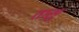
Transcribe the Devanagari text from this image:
तासु